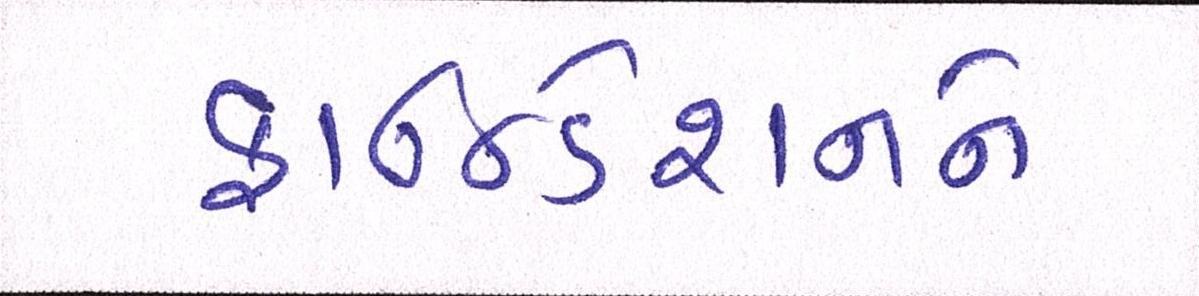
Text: ફાઉન્ડેશનને